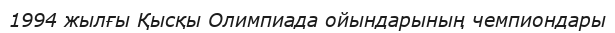
1994 жылғы Қысқы Олимпиада ойындарының чемпиондары